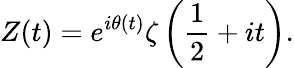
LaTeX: Z(t)=e^{i\theta(t)}\zeta\left({\frac{1}{2}}+it\right).